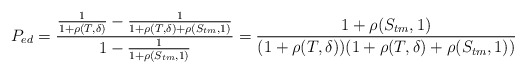
\begin{align*}P_{ed}=\frac{\frac{1}{1+\rho(T,\delta)}-\frac{1}{1+\rho(T,\delta)+\rho( S_{tm},1)}}{1-\frac{1}{1+\rho( S_{tm},1)}}=\frac{1+\rho( S_{tm},1)}{(1+\rho(T, \delta))(1+\rho(T,\delta)+\rho( S_{tm},1))}\end{align*}